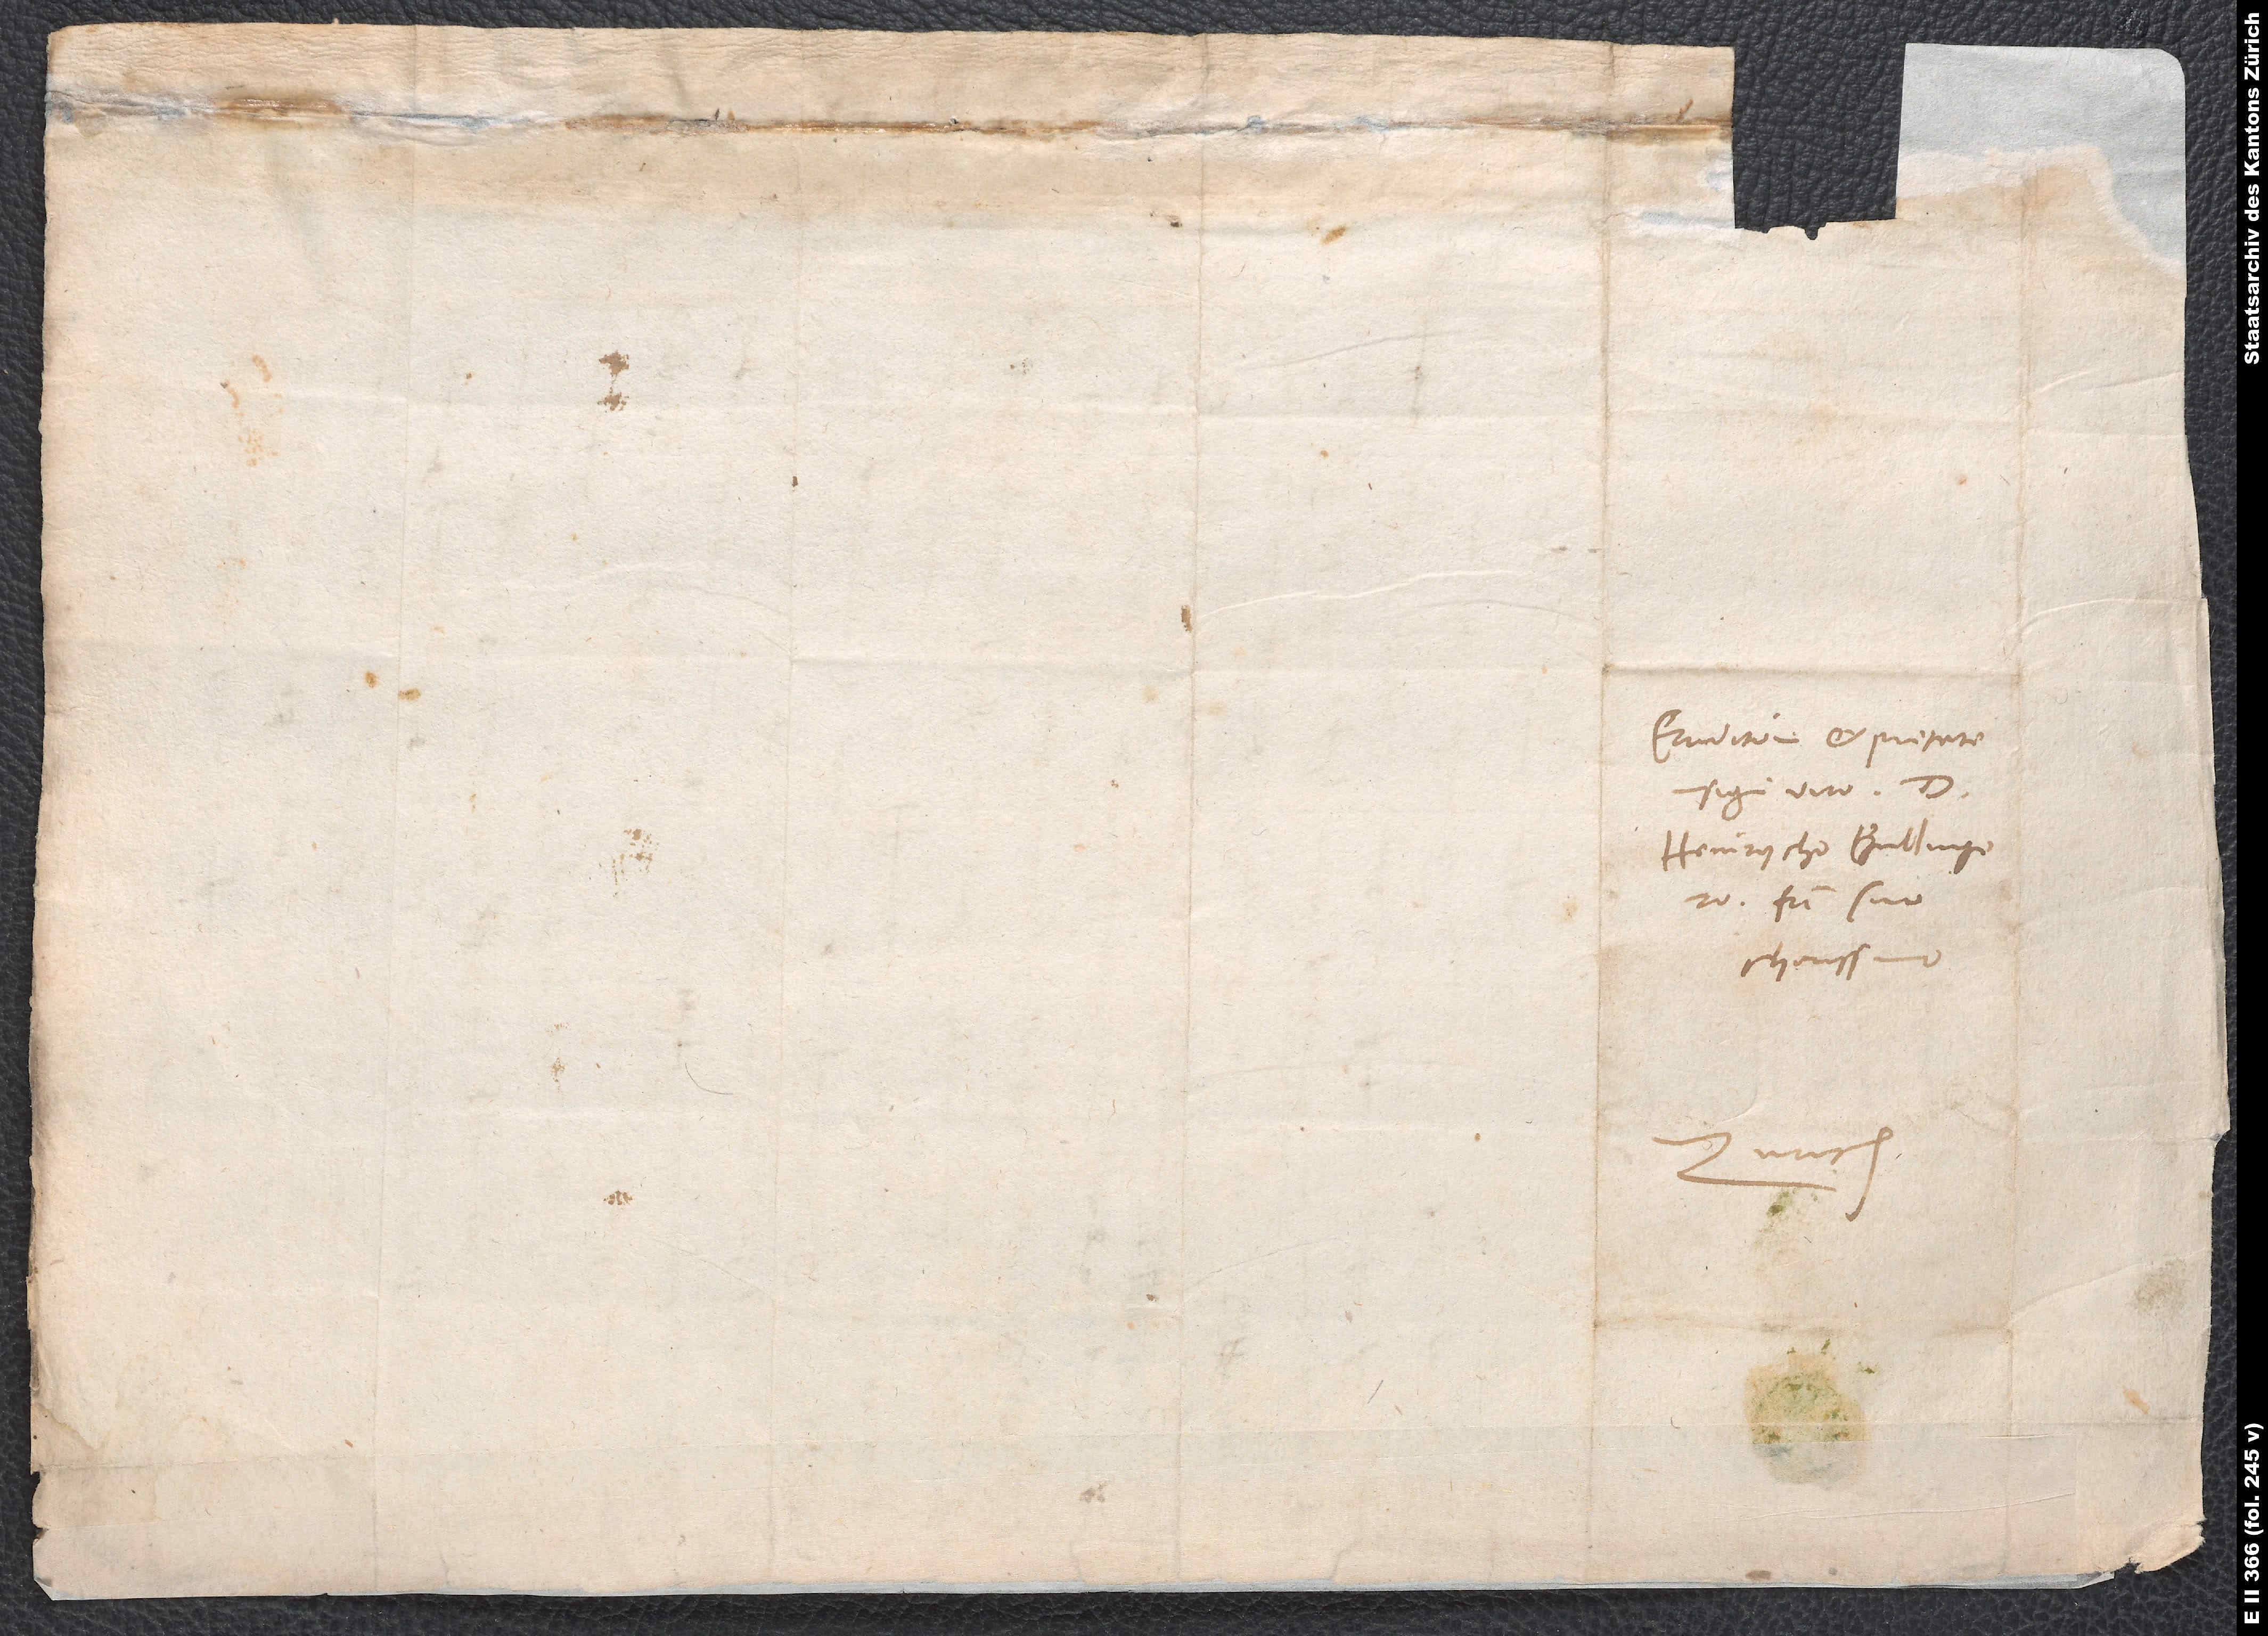
Eruditione et pietate
insigni viro d.
Heinrycho Bullingero,
fratri suo
charissimo.
Zurich.